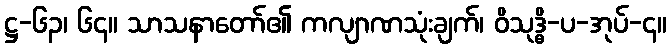
ဋ္ဌ-၆၃၊ ၆၄။ သာသနာတော်၏ ကလျာဏသုံးချက်၊ ဝိသုဒ္ဓိ-ပ-အုပ်-၄။